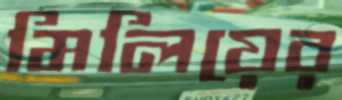
মিলিয়ের